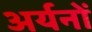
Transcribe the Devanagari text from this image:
अर्यनों